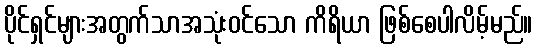
ပိုင်ရှင်များအတွက်သာအသုံးဝင်သော ကိရိယာ ဖြစ်စေပါလိမ့်မည်။